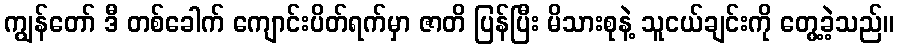
ကျွန်တော် ဒီ တစ်ခေါက် ကျောင်းပိတ်ရက်မှာ ဇာတိ ပြန်ပြီး မိသားစုနဲ့ သူငယ်ချင်းကို တွေ့ခဲ့သည်။